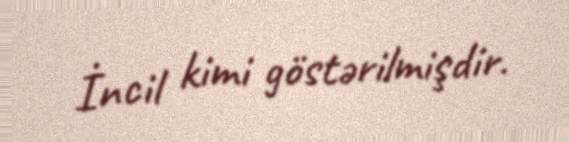
İncil kimi göstərilmişdir.